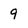
Character: 9